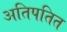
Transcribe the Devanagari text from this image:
अतिपतित